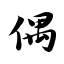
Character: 偶